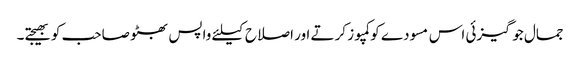
جمال جوگیزئی اس مسودے کو کمپوز کرتے اور اصلاح کیلئے واپس بھٹو صاحب کو بھیجتے۔